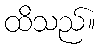
ထိသည်။